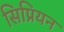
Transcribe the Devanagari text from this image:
सिप्रियन